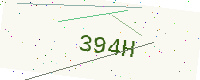
Text: 394H